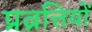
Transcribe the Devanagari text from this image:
प्रव्रत्तियों